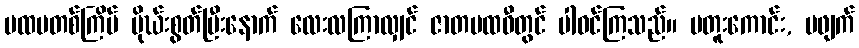
ပထမတစ်ကြိမ် မိုဃ်းစွတ်ပြီးနောက် လေးလကြာလျှင် ဇာတပထဝီတွင် ပါဝင်ကြသည်။ မတူးကောင်း, မဖျက်